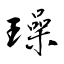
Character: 璪